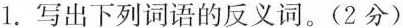
1.写出下列词语的反义词。(2分)